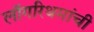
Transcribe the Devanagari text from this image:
लॉगरिथमांची